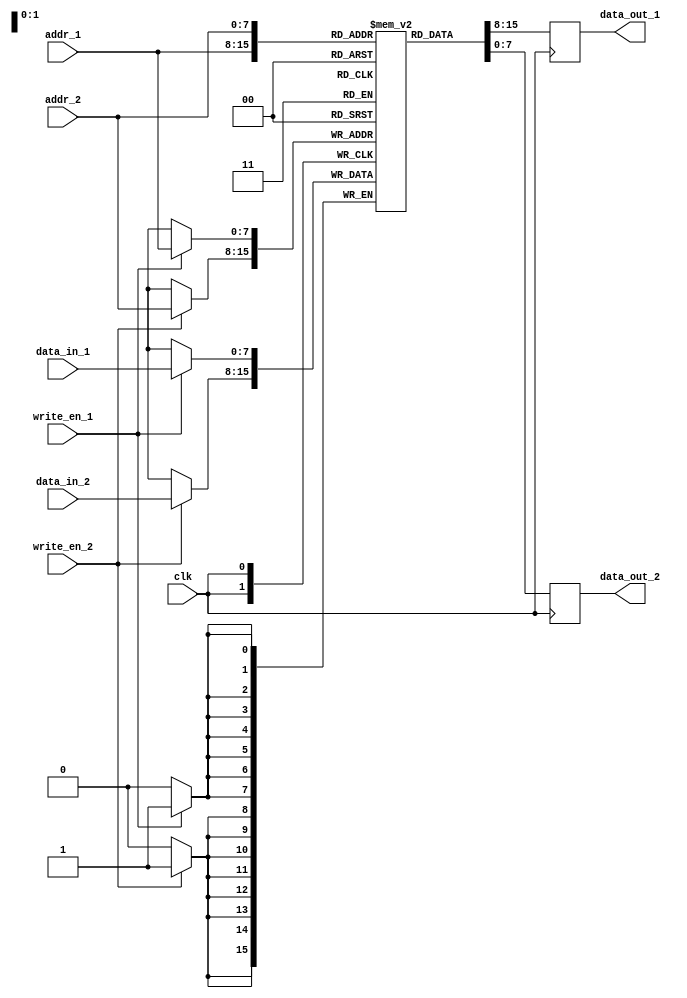
module dual_port_ram (
    input wire clk,
    input wire [7:0] addr_1, // Address for port 1
    input wire [7:0] addr_2, // Address for port 2
    input wire [7:0] data_in_1, // Data input for port 1
    input wire [7:0] data_in_2, // Data input for port 2
    input wire write_en_1, // Write enable for port 1
    input wire write_en_2, // Write enable for port 2
    output reg [7:0] data_out_1, // Data output for port 1
    output reg [7:0] data_out_2 // Data output for port 2
);

reg [7:0] memory [0:255]; // Dual-port RAM memory array

always @(posedge clk) begin
    if(write_en_1) begin
        memory[addr_1] <= data_in_1;
    end
    
    if(write_en_2) begin
        memory[addr_2] <= data_in_2;
    end
    
    data_out_1 <= memory[addr_1];
    data_out_2 <= memory[addr_2];
end

endmodule